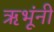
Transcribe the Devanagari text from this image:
ऋभूंनी